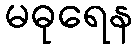
မဓုရေန